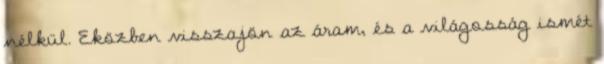
nélkül. Eközben visszajön az áram, és a világosság ismét